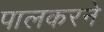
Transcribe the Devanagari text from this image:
पालकरने